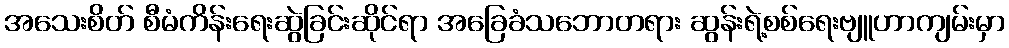
အသေးစိတ် စီမံကိန်းရေးဆွဲခြင်းဆိုင်ရာ အခြေခံသဘောတရား ဆွန်းရဲ့စစ်ရေးဗျူဟာကျမ်းမှာ